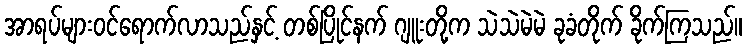
အာရပ်များဝင်ရောက်လာသည်နှင့် တစ်ပြိုင်နက် ဂျူးတို့က သဲသဲမဲမဲ ခုခံတိုက် ခိုက်ကြသည်။